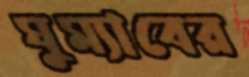
ঘুম্যাবের